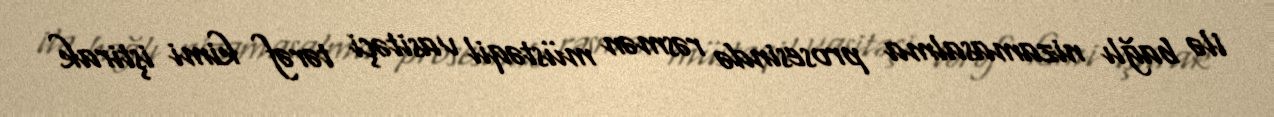
ilə bağlı nizamasalma prosesində rəsmən müstəqil vasitəçi tərəf kimi iştirak